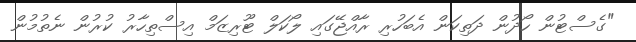
"ގެސްޓުން ހޯދުން ދަތިކަން އެބަހުރި ރާއްޖޭގައި ލޯކަލް ޓޫރިޒަމް އިސްތިހާރު ކުރުން ނެތުމުން